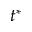
t ^ { \ast }